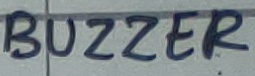
Text: BUZZER